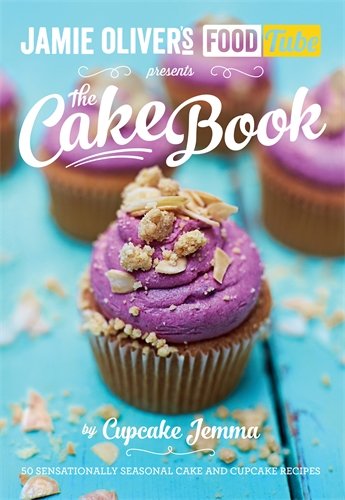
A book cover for Jamie's Food Tube the Cake Book: Seasonal Baking With Cupcake Jemma; Jemma Cupcake; Cookbooks, Food & Wine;